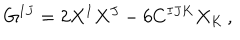
G ^ { I J } = 2 X ^ { I } X ^ { J } - 6 C ^ { I J K } X _ { K } \, ,